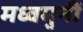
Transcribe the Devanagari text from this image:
मध्वमुनीं